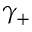
\gamma _ { + }